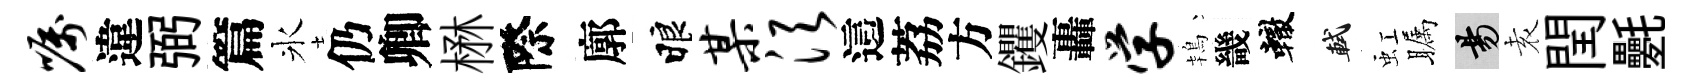
嘱違弼篇氷仍卿楙際廓睱某须這荔方钁轟学鴇畿轍軾虹瞩昜𡊮閏氎